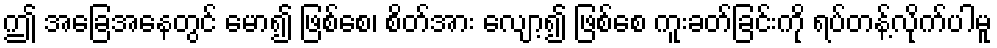
ဤ အခြေအနေတွင် မော၍ ဖြစ်စေ၊ စိတ်အား လျော့၍ ဖြစ်စေ ကူးခတ်ခြင်းကို ရပ်တန့်လိုက်ပါမူ